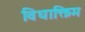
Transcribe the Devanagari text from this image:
विधाक्तिम